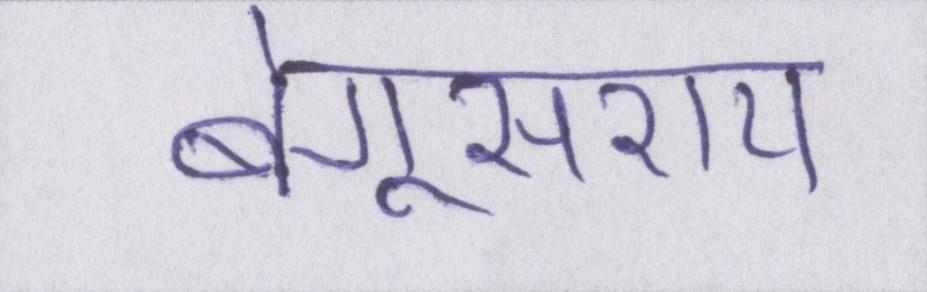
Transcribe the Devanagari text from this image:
बेगूसराय